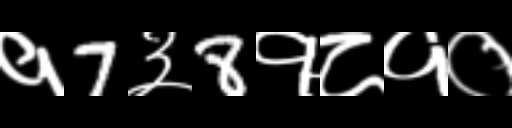
Text: १7३8१८१०